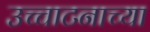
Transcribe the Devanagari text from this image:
उच्चाटनाच्या